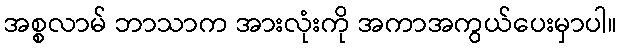
အစ္စလာမ် ဘာသာက အားလုံးကို အကာအကွယ်ပေးမှာပါ။